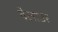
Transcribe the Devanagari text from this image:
वेलाउर